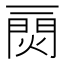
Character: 𤌎